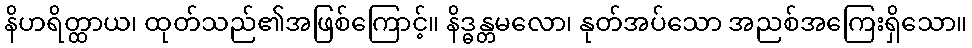
နိဟရိတ္ထာယ၊ ထုတ်သည်၏အဖြစ်ကြောင့်။ နိဒ္ဓန္တမလော၊ နုတ်အပ်သော အညစ်အကြေးရှိသော။